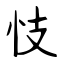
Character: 忮